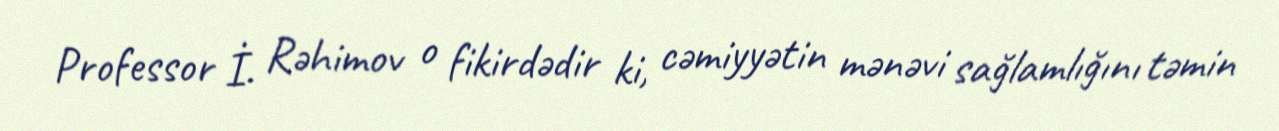
Professor İ. Rəhimov o fikirdədir ki, cəmiyyətin mənəvi sağlamlığını təmin